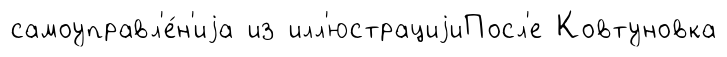
самоуправл'е́н'иjа из илл'юстрациjиПосл'е Ковтуновка